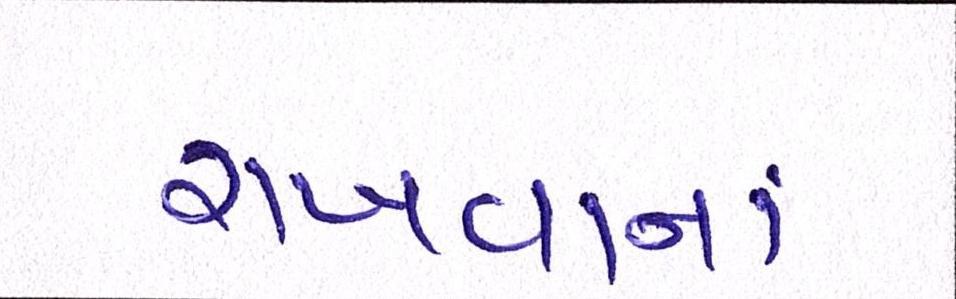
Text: રાખવાનાં